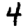
Digit: 4